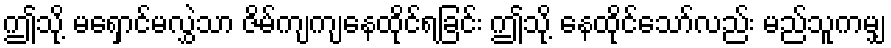
ဤသို့ မရှောင်မလွှဲသာ ဇိမ်ကျကျနေထိုင်ရခြင်း ဤသို့ နေထိုင်သော်လည်း မည်သူကမျှ